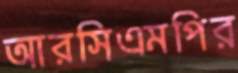
আরসিএমপির